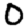
Digit: 0